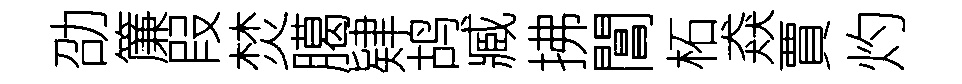
劭簾叚焚臈肄鸪臧拂閶柘猋賈灼